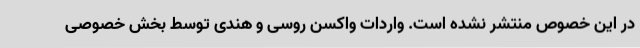
در این خصوص منتشر نشده است. واردات واکسن‌ روسی و هندی توسط بخش خصوصی